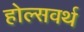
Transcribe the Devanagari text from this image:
होल्सवर्थ